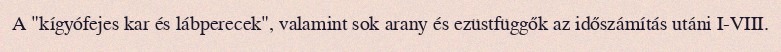
A "kígyófejes kar és lábperecek", valamint sok arany és ezüstfüggők az időszámítás utáni I-VIII.